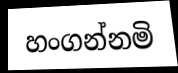
හංගන්නමි